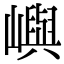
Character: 嶼